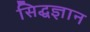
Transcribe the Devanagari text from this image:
सिद्धज्ञान